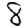
Digit: 8